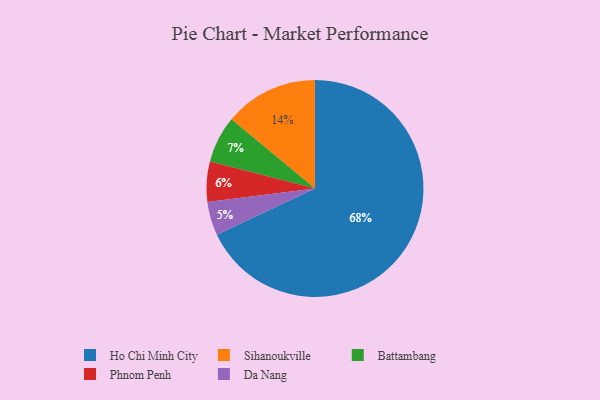
{"axis": {"x": "Category", "y": "Percentage"}, "legend": ["Battambang", "Da Nang", "Ho Chi Minh City", "Phnom Penh", "Sihanoukville"], "data": [{"x": "Ho Chi Minh City", "y": 68, "type": "Ho Chi Minh City"}, {"x": "Battambang", "y": 7, "type": "Battambang"}, {"x": "Sihanoukville", "y": 14, "type": "Sihanoukville"}, {"x": "Phnom Penh", "y": 6, "type": "Phnom Penh"}, {"x": "Da Nang", "y": 5, "type": "Da Nang"}]}